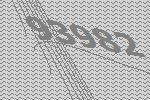
93982